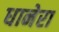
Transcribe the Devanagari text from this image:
धानेरा